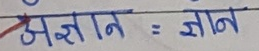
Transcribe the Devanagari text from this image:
अज्ञान = ज्ञान